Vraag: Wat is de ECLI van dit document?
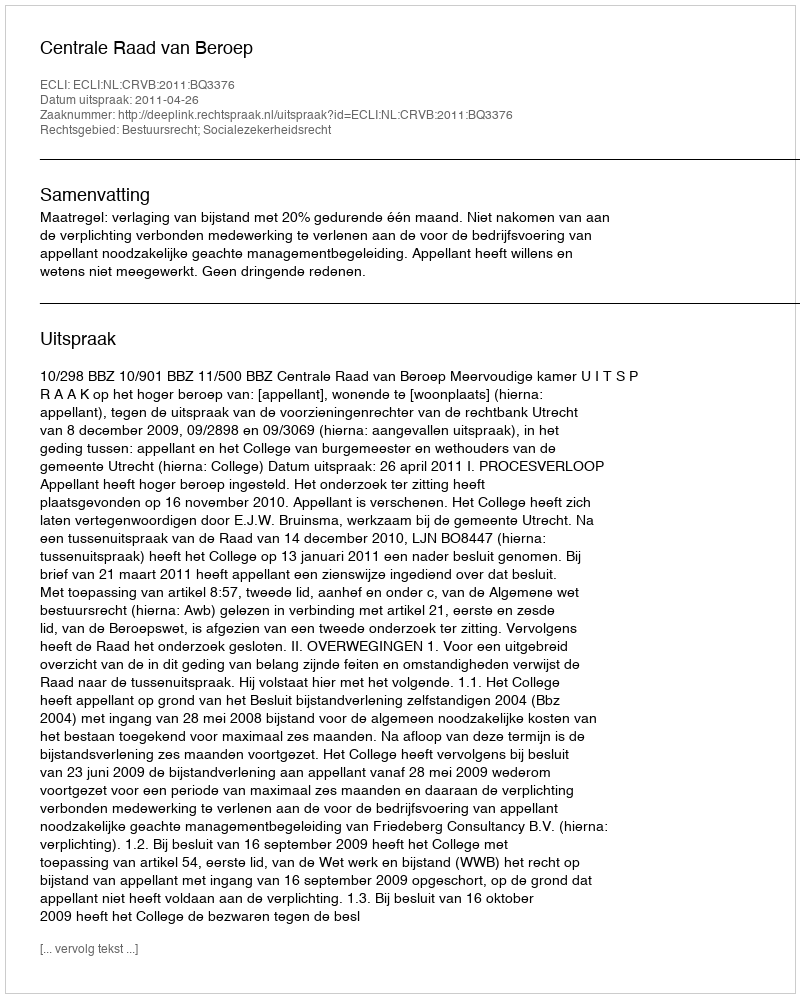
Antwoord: ECLI:NL:CRVB:2011:BQ3376